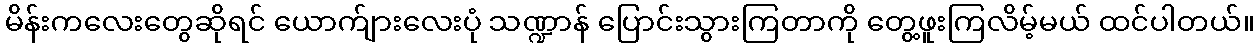
မိန်းကလေးတွေဆိုရင် ယောက်ျားလေးပုံ သဏ္ဍာန် ပြောင်းသွားကြတာကို တွေ့ဖူးကြလိမ့်မယ် ထင်ပါတယ်။